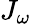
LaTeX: J_{\omega}